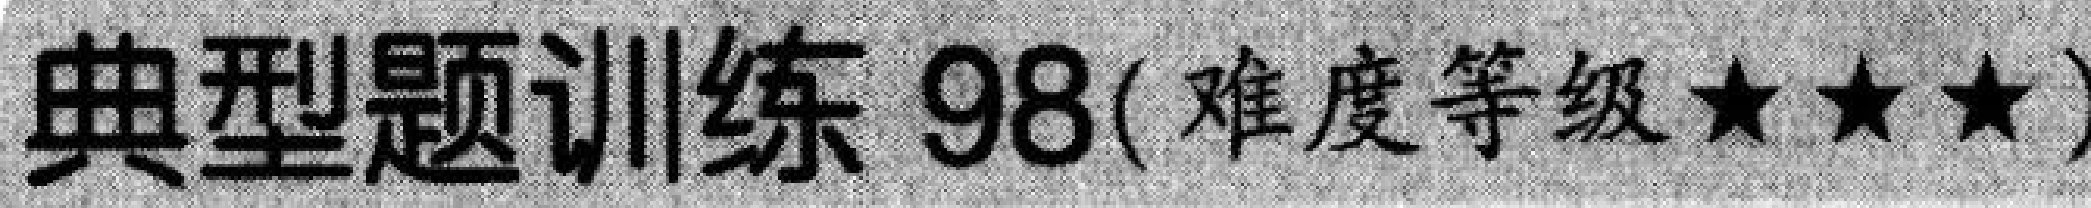
典型题训练 98(难度等级$\star\star\star$)